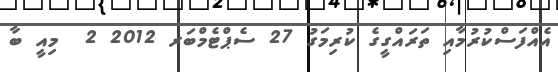
އެއްފަސްކުރުމާއި ތަރައްގީގެ ކުރިމަގު 27 ސެޕްޓެމްބަރ 2012 2  މިއީ ބާ